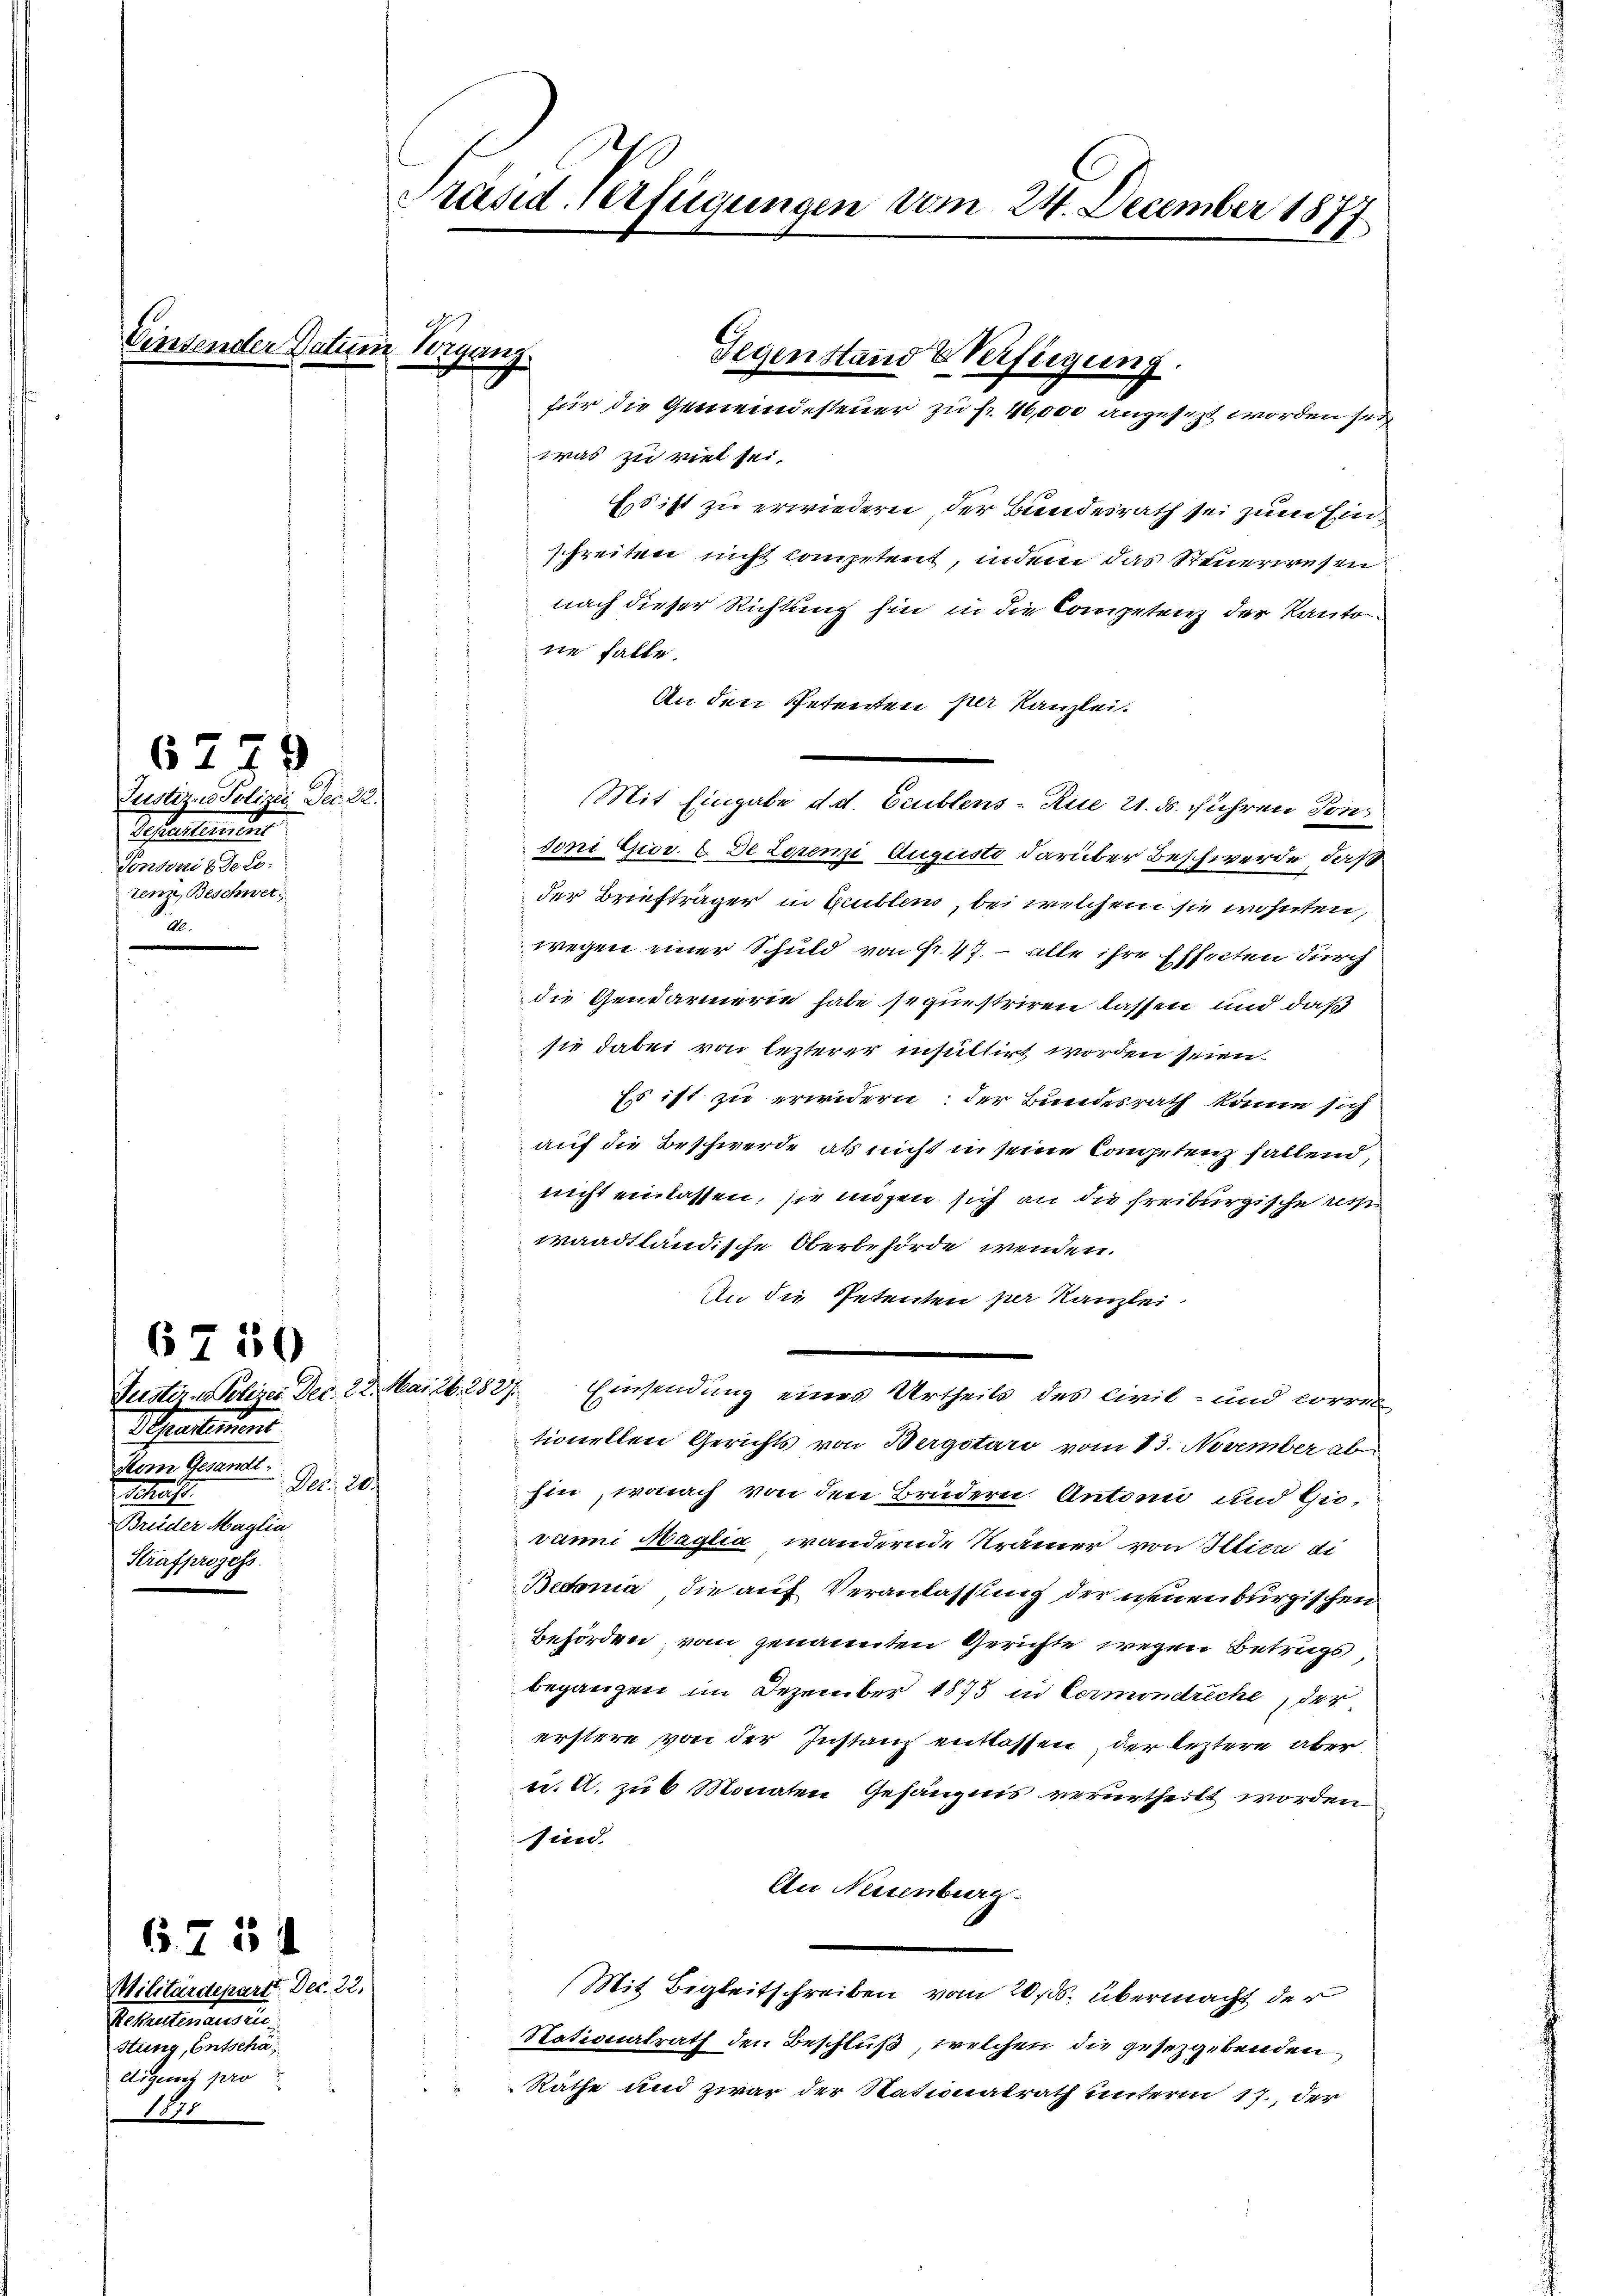
Einsender Datum

6779
Justiz- Polizei Dec. 22.
Schatenten
Pontonis de co
tenz, Beschwer¬
2.

Schaulinums
stem Gesandt.
 Nr. 20.
Schaft.
Brüder Maglin
Strafprozess

18

6750

6751

Militärdepart. Dec. 22.
Petentenaus ein
stung, Entschadigung pro

Präsid Verfügungen vom 24. December 1877

7. Lesung,

was zu viel sei.
Es ist zu erwiedern, der Bundesrath sei zum Einschreiten nicht competent, indem das Steuerwesen
nach dieser Richtung hin in die Competenz der Kanton
sie falle.
An den Petenten per Kanzlei.
Mit Eingabe d. d. Ceublens-Rue 21. ds. führen Tons
doni Giov. 8. De Zerem Augusti darüber Beschwerde, daß
der Briefträger in Gublen, bei welchem sie wohnten,
wegen einer Schuld von Fr. 47. – alle ihre Effecten durch
die Gendarmerie habe sequestriren lassen und daß
s
sie dabei von lezterer insultirt worden seien.
Es ist zu erwidern; der Bundesrath könne sich
auf die Beschwerde, als nicht in seine Competenz fallend,
.
nicht einlassen, sie migen sich an die freiburgische ress
waadtländische Oberbehörde wenden.
An die Petenten per Kanzlei-
Justiz & Polizei Dec. 22. Mai 26. 2827. Einsendung eines Urtheils des Civil- und corres
tionellen Gerichts von Bergotari vom 13. November ab
hin, wonach von den Brüdern Antoni und Gio,
vanni Maglia, wandernde Krämer von Illica di
t
Bedonia die auf Veranlassung der neuenburgischen
Behörden, vom genannten Gerichte wegen Betrugs,
begangen im Dezember 1875 in Cormondreche, der
erstere von der Instanz entlassen, der leztere aber
u. A. zu 6 Monaten Gefängnis verurtheilt worden
sind.
An Neuenburg
(Mit Begleitschreiben vom 20. ds. übermacht der
Nationalrath den Beschluß, welcher die gesetzgebenden
Räthe und zwar der Nationalrath unterm 17., der

Gegenstand Verfügung.
für die Gemeindesteuer zu fr. 40,000 angesezt worden jed